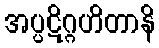
အပ္ပဋိဂ္ဂဟိတာနိ